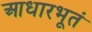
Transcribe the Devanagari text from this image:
आधारभूतं